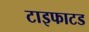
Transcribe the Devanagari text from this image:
टाइफाटड